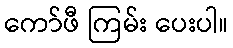
ကော်ဖီ ကြမ်း ပေးပါ။